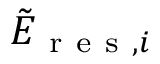
\tilde { E } _ { \mathrm { ~ r ~ e ~ s ~ } , i }